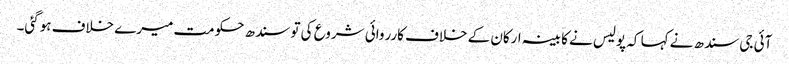
آئی جی سندھ نے کہا کہ پولیس نے کابینہ ارکان کے خلاف کارروائی شروع کی تو سندھ حکومت میرے خلاف ہوگئی۔